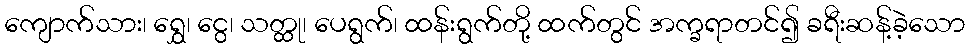
ကျောက်သား၊ ရွှေ၊ ငွေ၊ သတ္ထု၊ ပေရွက်၊ ထန်းရွက်တို့ ထက်တွင် အက္ခရာတင်၍ ခရီးဆန့်ခဲ့သော